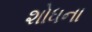
શોધના